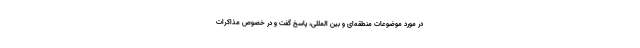
در مورد موضوعات منطقه‌ای و بین المللی، پاسخ گفت و در خصوص مذاکرات